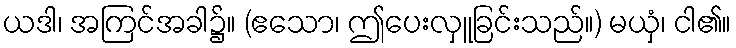
ယဒါ၊ အကြင်အခါ၌။ (ဧသော၊ ဤပေးလှူခြင်းသည်။) မယှံ၊ ငါ၏။